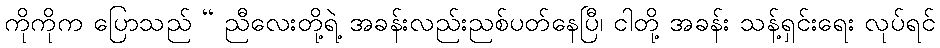
ကိုကိုက ပြောသည် “ ညီလေးတို့ရဲ့ အခန်းလည်းညစ်ပတ်နေပြီ၊ ငါတို့ အခန်း သန့်ရှင်းရေး လုပ်ရင်